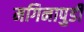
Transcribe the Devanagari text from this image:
मगिनापुडी